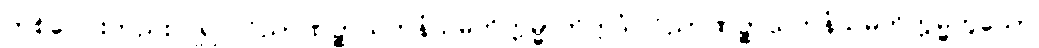
တစ်ပေါင်းတည်းပြု၍။ ဝိညာဏဉ္စာယတနံသမတိက္ကမ္မာတိဣဒံ၊ ဝိညာဏဉ္စာယတနံသမတိက္ကမ္မဟူသော